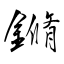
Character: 鏅